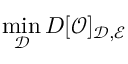
\operatorname* { m i n } _ { \mathcal { D } } D [ \mathcal { O } ] _ { \mathcal { D } , \mathcal { E } }